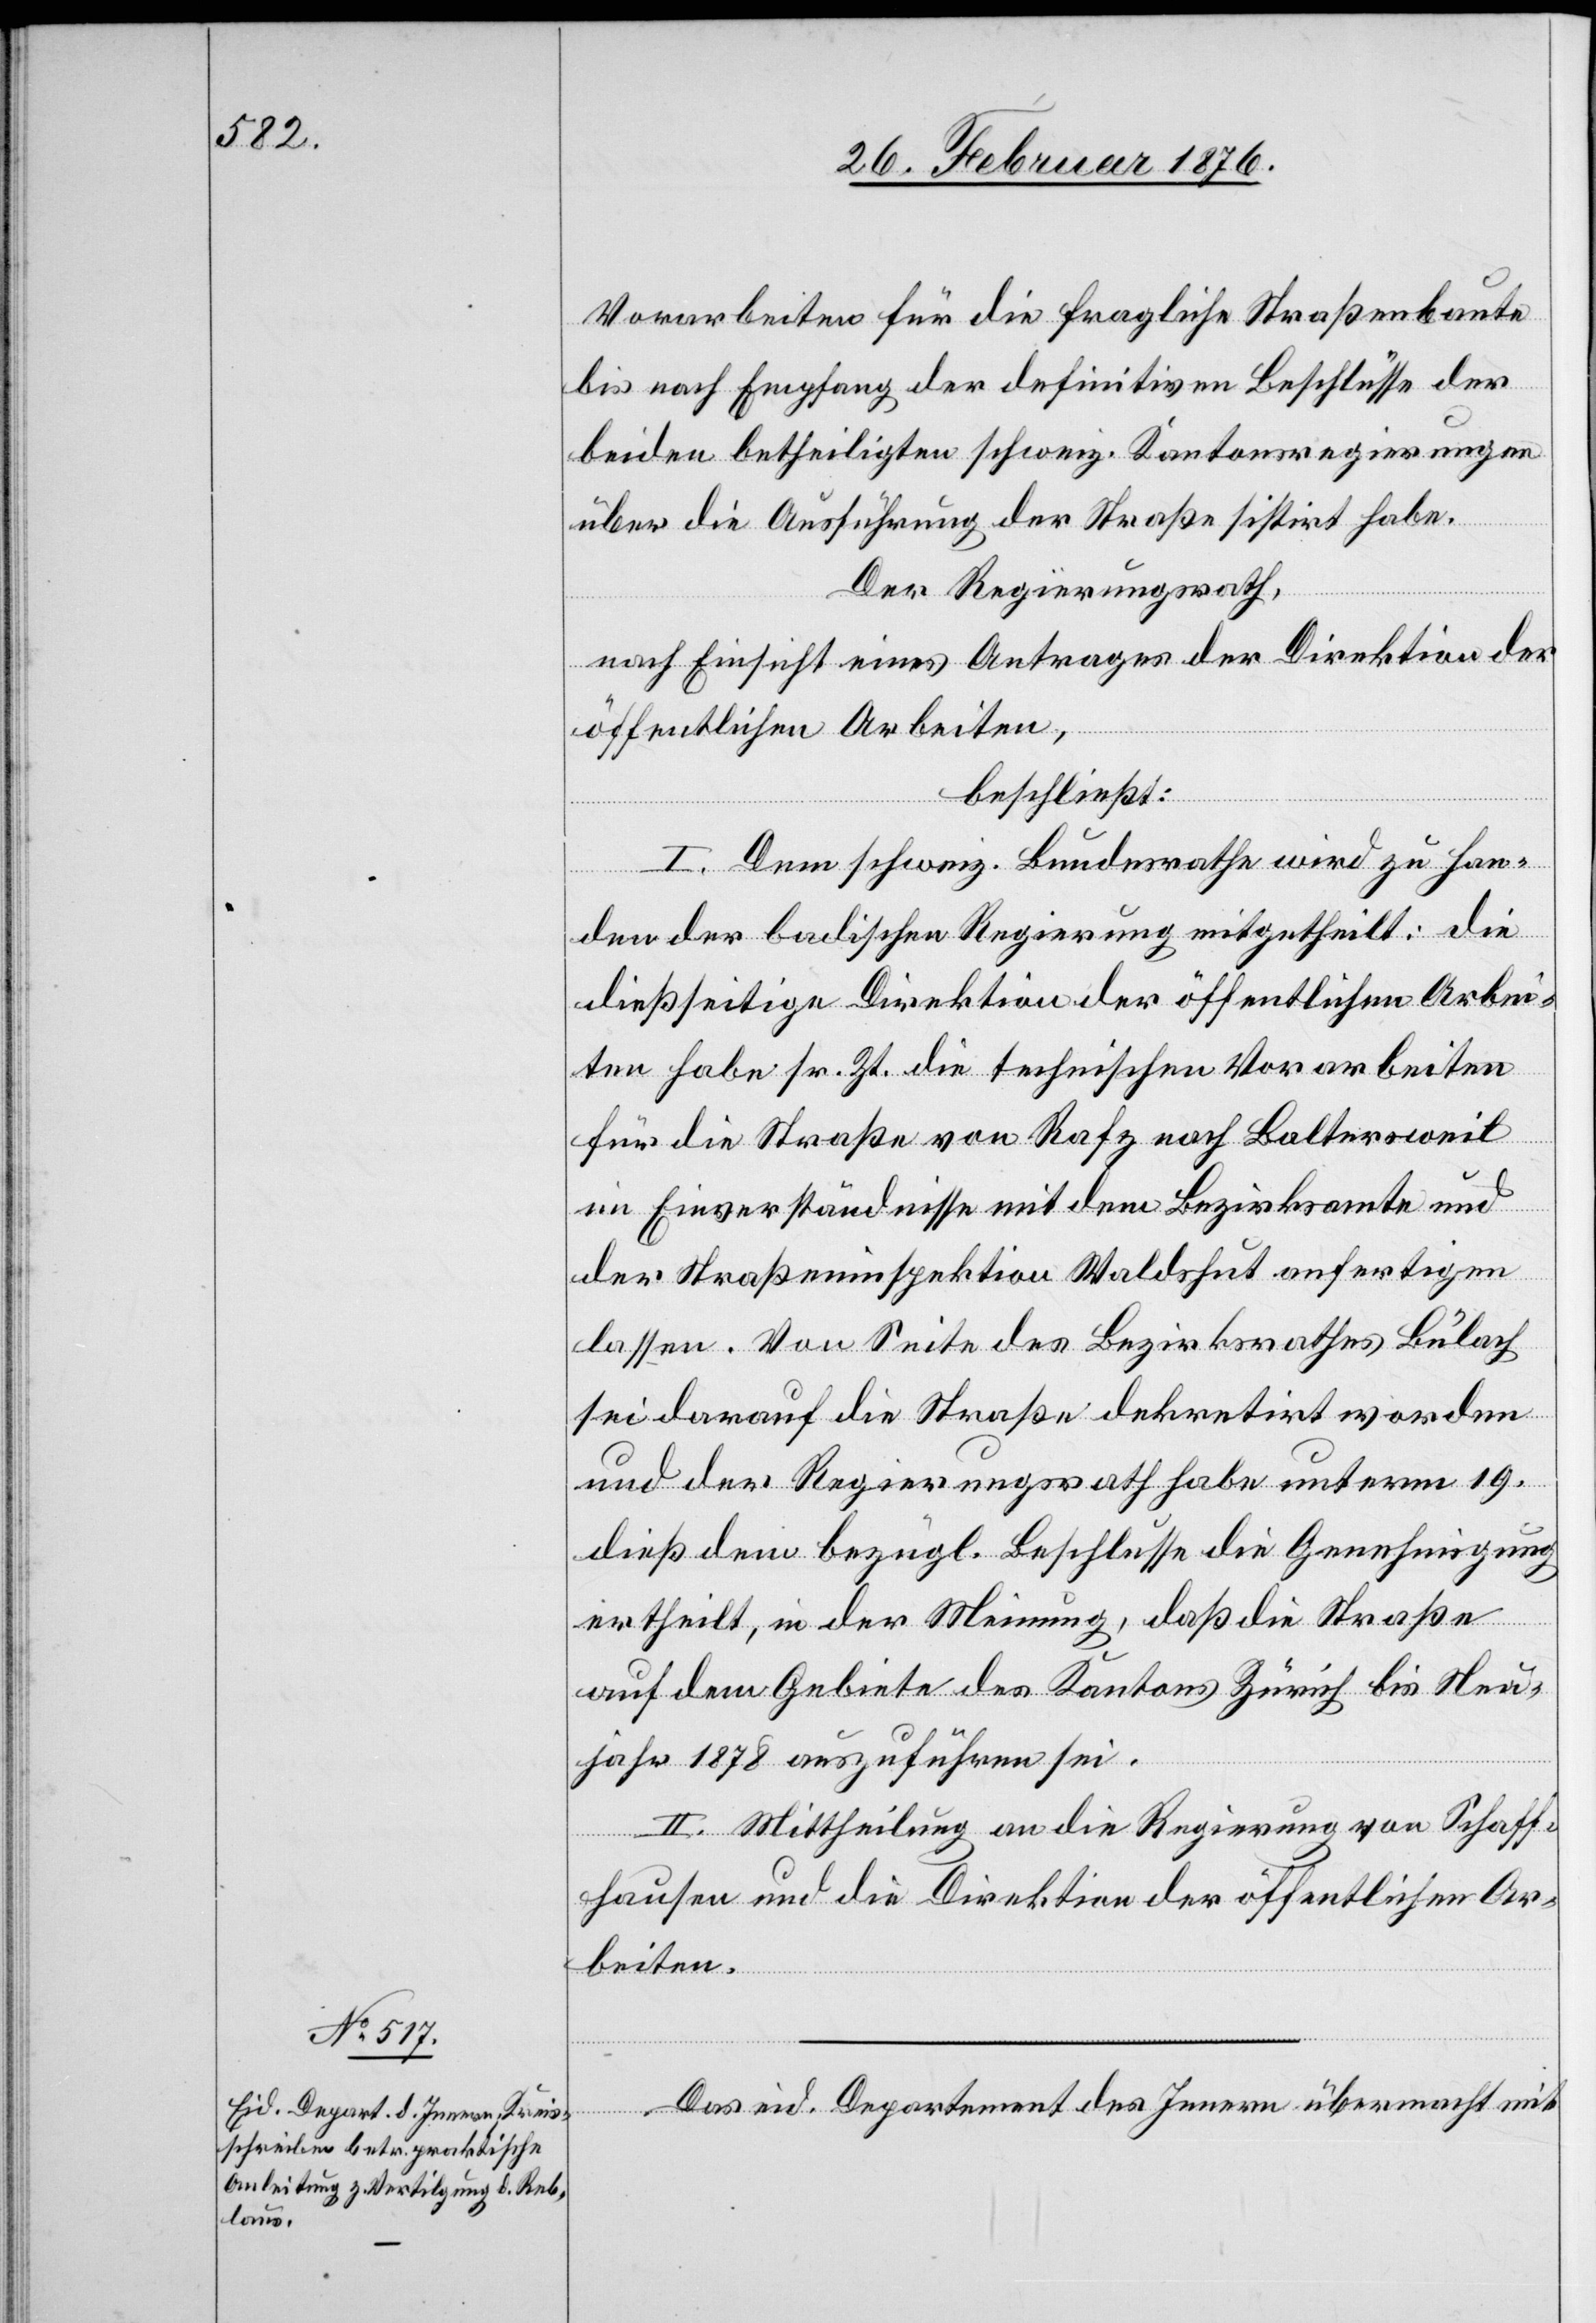
Vorarbeiten für die fragliche Straßenumbaute
bis nach Empfang der definitiven Beschlüsse der
beiden betheiligten schweiz. Kantonsregierungen
über die Ausführung der Straße sistirt habe.
der Regierungsrath
nach Einsicht eines Antrages der Direktion der
öffentlichen Arbeiten,
beschließt:
I. Dem schweiz. Bundesrathe wird zu Han¬
den der badischen Regierung mitgetheilt: die
dießseitige Direktion der öffentlichen Arbei¬
ten habe sr. Zt. die technischen Vorarbeiten
für die Straße von Rafz nach Baltersweil
im Einverständnisse mit dem Bundesrathe und
der Straßeninspektion Waldshut anfertigen
lassen. Von Seite des Bezirksrathes Bülach
sei darauf die Straße dekretirt worden
ertheilt, in der Meinung, daß die Straße
auf dem Gebiete des Kantons Zürich bis Neu¬
jahr 1878 auszuführen sei.
II. Mittheilung an die Regierung von Schaff¬
hausen und die Direktion der öffentlichen Ar¬
beiten.
Das eid. Departement des Innern übermacht mit